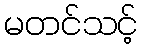
မတင်သင့်